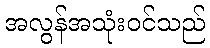
အလွန်အသုံးဝင်သည်